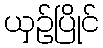
ယှဉ်ပြိုင်